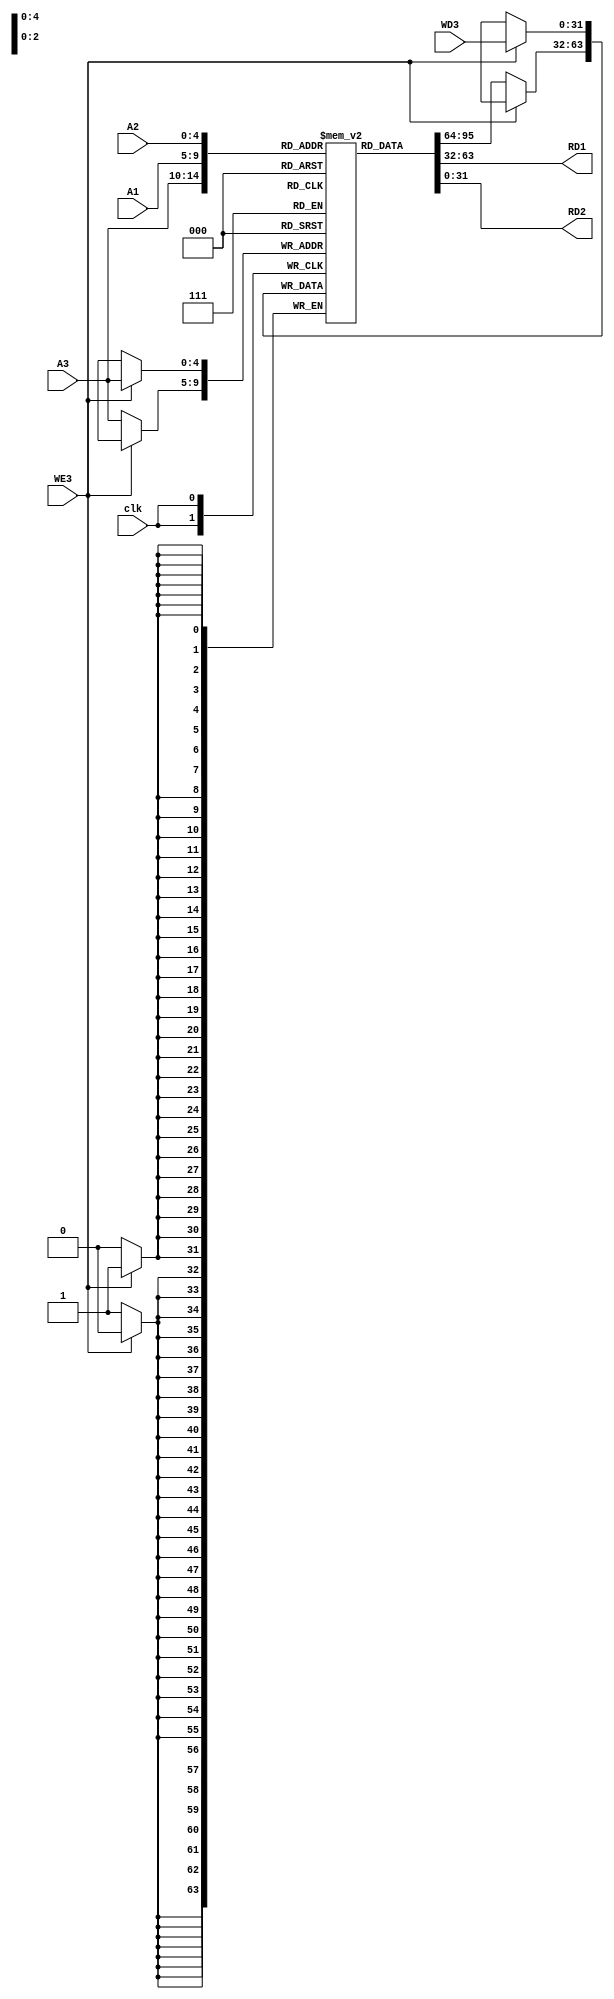
module Register_File (
  input [4:0] A1,A2,A3,
  input WE3,clk,
  input [31:0] WD3,
  output [31:0] RD1,RD2
);
reg [31:0] registers [31:0];
integer i;
initial begin
  for ( i=0 ;i<32 ;i=i+1 ) begin
    registers[i] = 32'b0;
  end
end
always @(posedge clk) begin //I did remove the posedge WD3 as the write must be sync
  
  if (WE3) begin
    registers[A3] <= WD3;
  end else begin
    registers[A3]<=registers[A3];
  end

end
assign RD1=registers[A1];
assign RD2=registers[A2];
  
endmodule